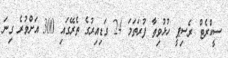
ސީކްރެޓް ރެސިޕީ ހުޅުވިތާ ފުރަތަމަ 24 ގަޑިއިރުގެ ތެރޭގައި 300 އަށްވުރެ ގިނަ